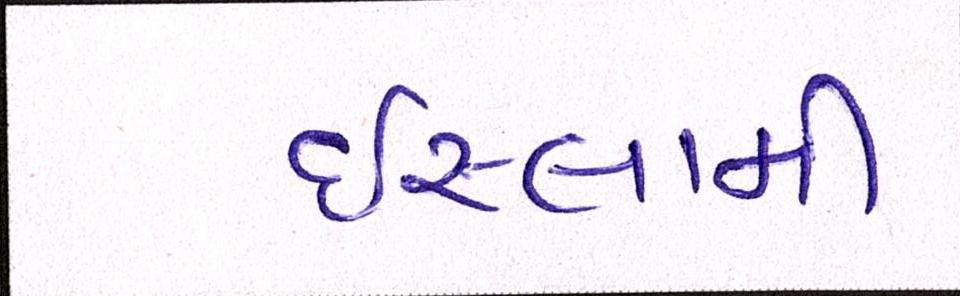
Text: ઈસ્લામી